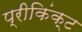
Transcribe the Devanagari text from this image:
प्रीकिंक्ट